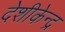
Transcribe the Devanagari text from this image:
देशीकेन्द्र